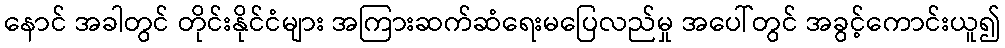
နောင် အခါတွင် တိုင်းနိုင်ငံများ အကြားဆက်ဆံရေးမပြေလည်မှု အပေါ်တွင် အခွင့်ကောင်းယူ၍